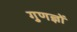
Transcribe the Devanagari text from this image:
गुणज्ञों